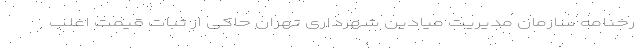
رخنامه سازمان مدیریت میادین شهرداری تهران حاکی از ثبات قیمت اغلب